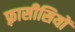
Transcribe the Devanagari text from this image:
फ़्रासीसियों